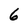
Character: 6